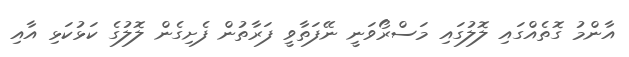
އާންމު ގޮތެއްގައި ލޮލުގައި މަސްރޯވަނީ ނޭފަތާވީ ފަރާތުން ފެށިގެން ލޮލުގެ ކަޅުކަޅި އާއި